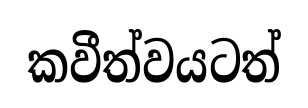
කවීත්වයටත්